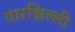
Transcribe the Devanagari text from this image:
पारझिल्ली